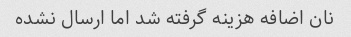
نان اضافه هزینه گرفته شد اما ارسال نشده